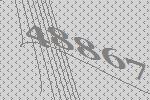
48867